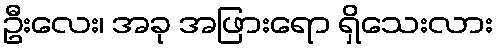
ဦးလေး၊ အခု အဖြားရော ရှိသေးလား